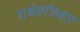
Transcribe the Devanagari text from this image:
पार्श्वसंगीतकार